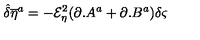
{ \hat { \delta } } { \overline { { \eta } } } ^ { a } = - { \mathcal { E } } _ { \eta } ^ { 2 } ( \partial . A ^ { a } + \partial . B ^ { a } ) \delta \varsigma